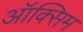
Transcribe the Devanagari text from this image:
ऑक्सिम